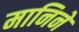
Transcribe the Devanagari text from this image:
मानिने